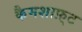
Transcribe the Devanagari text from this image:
कैमशाफ़्ट